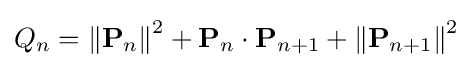
Q_{n}=\left\|\mathbf {P} _{n}\right\|^{2}+\mathbf {P} _{n}\cdot \mathbf {P} _{n+1}+\left\|\mathbf {P} _{n+1}\right\|^{2}